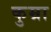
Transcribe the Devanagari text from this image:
कुम्रा